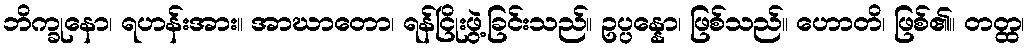
ဘိက္ခုနော၊ ရဟန်းအား။ အာဃာတော၊ ရန်ငြိုးဖွဲ့ခြင်းသည်။ ဥပ္ပန္နော၊ ဖြစ်သည်။ ဟောတိ၊ ဖြစ်၏။ တတ္ထ၊